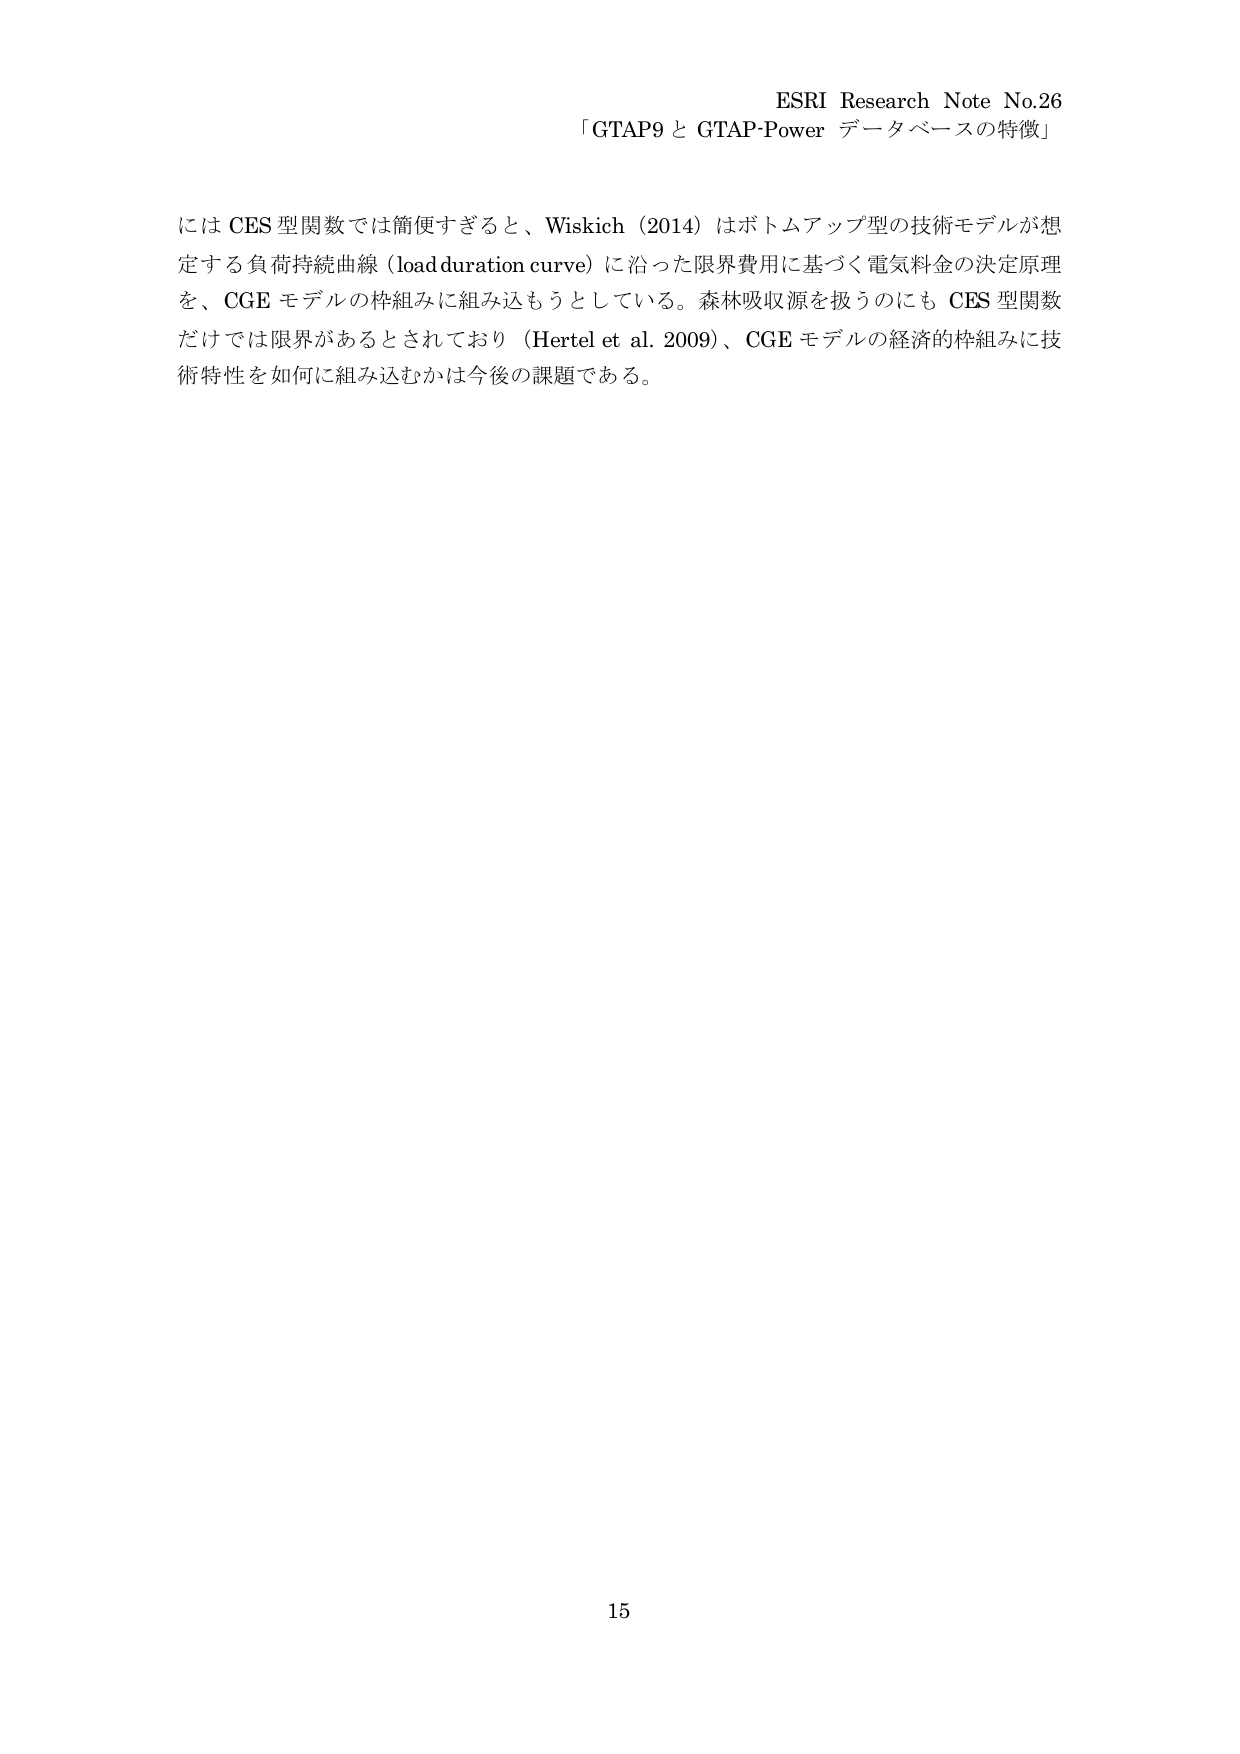
ESRI Research Note No.26
「GTAP9 と GTAP-Power データベースの特徴」

には CES 型関数では簡便すぎると、Wiskich（2014）はボトムアップ型の技術モデルが想定する負荷持続曲線（load duration curve）に沿った限界費用に基づく電気料金の決定原理を、CGE モデルの枠組みに組み込もうとしている。森林吸収源を扱うのにも CES 型関数だけでは限界があるとされており（Hertel et al. 2009）、CGE モデルの経済的枠組みに技術特性を如何に組み込むかは今後の課題である。

15